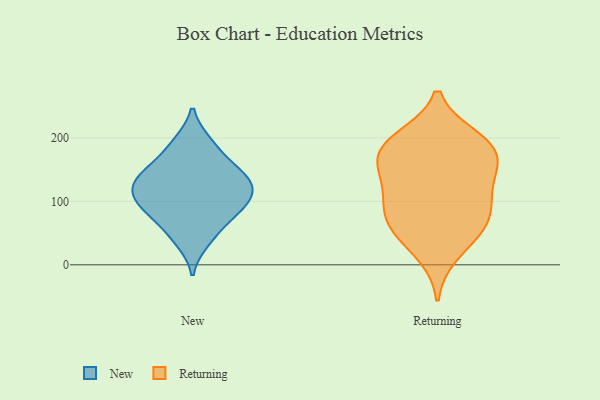
{"axis": {"x": "Shipments", "y": "Value"}, "legend": ["New", "Returning"], "data": [{"x": "", "y": 72, "type": "New"}, {"x": "", "y": 132, "type": "New"}, {"x": "", "y": 126, "type": "New"}, {"x": "", "y": 151, "type": "New"}, {"x": "", "y": 90, "type": "New"}, {"x": "", "y": 191, "type": "New"}, {"x": "", "y": 100, "type": "New"}, {"x": "", "y": 90, "type": "New"}, {"x": "", "y": 120, "type": "New"}, {"x": "", "y": 156, "type": "New"}, {"x": "", "y": 37, "type": "New"}, {"x": "", "y": 152, "type": "New"}, {"x": "", "y": 48, "type": "New"}, {"x": "", "y": 193, "type": "New"}, {"x": "", "y": 121, "type": "New"}, {"x": "", "y": 121, "type": "New"}, {"x": "", "y": 88, "type": "New"}, {"x": "", "y": 98, "type": "Returning"}, {"x": "", "y": 17, "type": "Returning"}, {"x": "", "y": 153, "type": "Returning"}, {"x": "", "y": 199, "type": "Returning"}, {"x": "", "y": 94, "type": "Returning"}, {"x": "", "y": 58, "type": "Returning"}, {"x": "", "y": 144, "type": "Returning"}, {"x": "", "y": 135, "type": "Returning"}, {"x": "", "y": 55, "type": "Returning"}, {"x": "", "y": 174, "type": "Returning"}, {"x": "", "y": 200, "type": "Returning"}, {"x": "", "y": 94, "type": "Returning"}, {"x": "", "y": 178, "type": "Returning"}, {"x": "", "y": 59, "type": "Returning"}, {"x": "", "y": 186, "type": "Returning"}]}